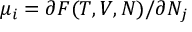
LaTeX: \mu _ { i } = \partial F ( T , V , N ) / \partial N _ { j }